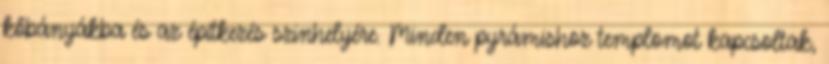
kőbányákba és az építkezés szinhelyére. Minden pyrámishoz templomot kapcsoltak,